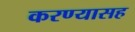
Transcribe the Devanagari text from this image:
करण्यासह